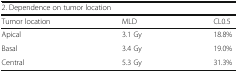
<table><thead><tr><td colspan="3"><b>2. Dependence on tumor location</b></td></tr><tr><td><b>Tumor location</b></td><td><b>MLD</b></td><td><b>CL0.5</b></td></tr></thead><tbody><tr><td>Apical</td><td>3.1 Gy</td><td>18.8%</td></tr><tr><td>Basal</td><td>3.4 Gy</td><td>19.0%</td></tr><tr><td>Central</td><td>5.3 Gy</td><td>31.3%</td></tr></tbody></table>